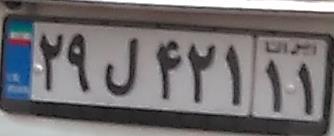
۲۹ل۴۲۱۱۱